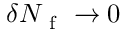
\delta N _ { \mathrm { ~ f ~ } } \to 0